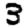
Digit: 3